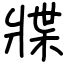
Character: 牃